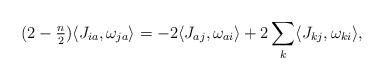
LaTeX: \begin{align*}(2-\tfrac n2) \langle J_{ia}, \omega_{ja} \rangle = -2 \langle J_{aj}, \omega_{ai} \rangle + 2 \sum_k \langle J_{kj}, \omega_{ki} \rangle,\end{align*}